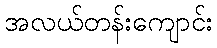
အလယ်တန်းကျောင်း